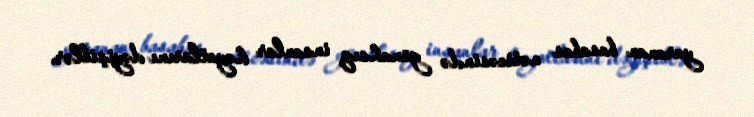
yaranan basabas nəticəsində günahsız insanlar həyatlarını dəyişiblər.